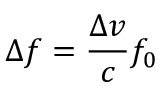
\Delta f = { \frac { \Delta v } { c } } f _ { 0 }